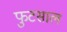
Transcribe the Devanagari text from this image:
फुटसाल